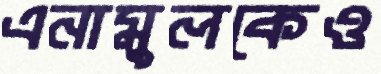
এনামুলকেও